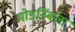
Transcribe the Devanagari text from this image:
मोडनिंबला